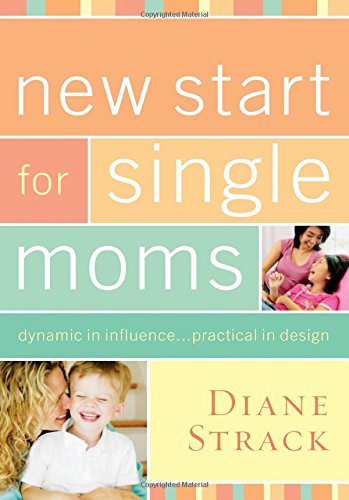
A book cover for New Start for Single Moms Participant's Guide; Diane Strack; Parenting & Relationships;